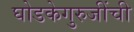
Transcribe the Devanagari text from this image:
घोडकेगुरुजींची